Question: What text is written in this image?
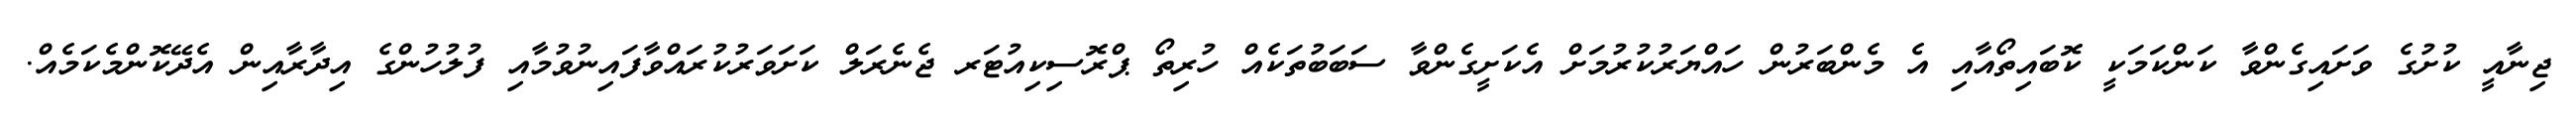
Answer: ޖިނާއީ ކުށުގެ ވަށައިގެންވާ ކަންކަމަކީ ކޮބައިތޯއާއި އެ މެންބަރުން ހައްޔަރުކުރުމަށް އެކަށީގެންވާ ސަބަބުތަކެއް ހުރިތޯ ޕްރޮސިކިއުޓަރ ޖެނެރަލް ކަށަވަރުކުރައްވާފައިނުވުމާއި ފުލުހުންގެ އިދާރާއިން އެދޭކޮންމެކަމެއް.